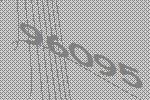
96095